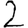
Digit: 2